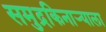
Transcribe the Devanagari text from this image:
समुद्रकिनार्‍याला